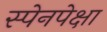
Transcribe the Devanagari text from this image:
स्पेनपेक्षा